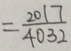
= \frac { 2 0 1 7 } { 4 0 3 2 }